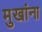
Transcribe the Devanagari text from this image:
मुखांना